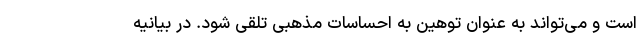
است و می‌تواند به عنوان توهین به احساسات مذهبی تلقی شود. در بیانیه